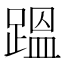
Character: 𮛴